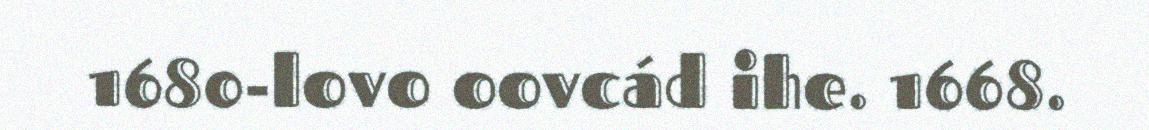
1680-lovo oovcád ihe. 1668.